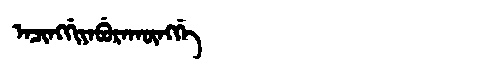
Manchu: ᠠᠴᡳᠩᡤᡳᠶᠠᠪᡠᡵᠠᡴᡡᠩᡤᡝ
Romanization: ACINGGIYABURAKŪNGGE